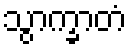
သွာက္ခာတံ